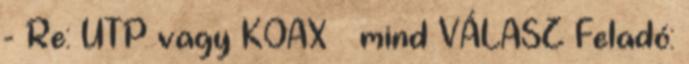
- Re: UTP vagy KOAX mind VÁLASZ Feladó: